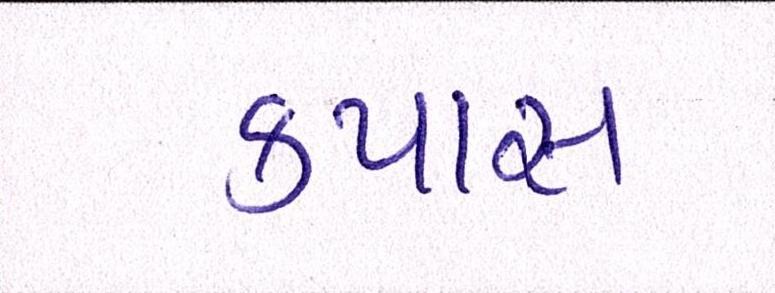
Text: કપાસ